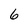
Character: 6